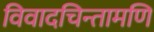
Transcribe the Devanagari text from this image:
विवादचिन्तामणि